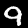
Digit: 9